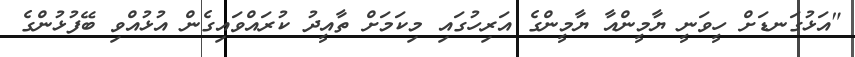
"އަޅުގަނޑަށް ހީވަނީ ޔާމީންއާ ޔާމީންގެ އަރިހުގައި މިކަމަށް ތާއީދު ކުރައްވައިގެން އުޅުއްވި ބޭފުޅުންގެ